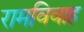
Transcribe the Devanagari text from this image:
रामविवाह